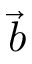
\vec { b }